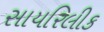
સાયરિલીક